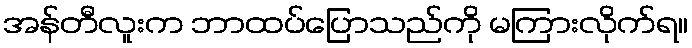
အန်တီလူးက ဘာထပ်ပြောသည်ကို မကြားလိုက်ရ။